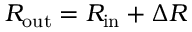
R _ { \mathrm { o u t } } = R _ { \mathrm { i n } } + \Delta R